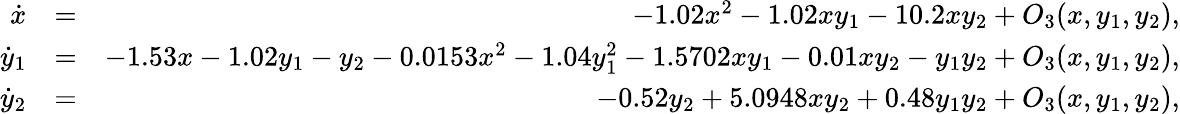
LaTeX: \begin{array}{rlr}{\dot{x}}&{=}&{-1.02x^{2}-1.02xy_{1}-10.2xy_{2}+O_{3}(x,y_{1},y_{2}),}\\ {\dot{y}_{1}}&{=}&{-1.53x-1.02y_{1}-y_{2}-0.0153x^{2}-1.04y_{1}^{2}-1.5702xy_{1}-0.01xy_{2}-y_{1}y_{2}+O_{3}(x,y_{1},y_{2}),}\\ {\dot{y}_{2}}&{=}&{-0.52y_{2}+5.0948xy_{2}+0.48y_{1}y_{2}+O_{3}(x,y_{1},y_{2}),}\end{array}